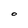
Character: O